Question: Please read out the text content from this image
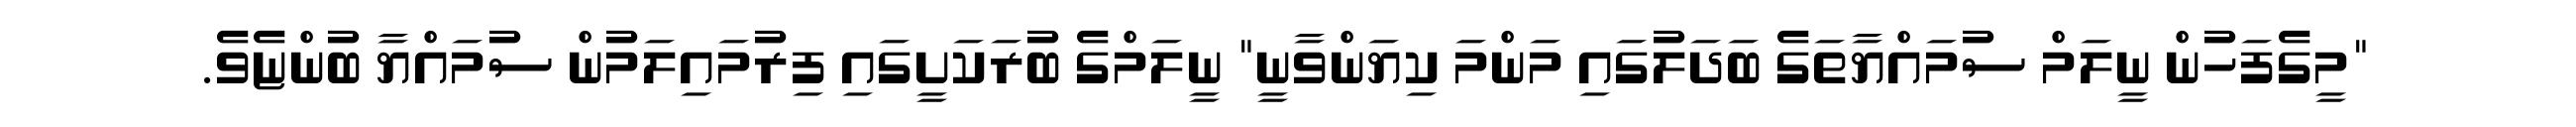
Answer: "މީގެފަހުން ނީލަމް ސުމައްޔާތަގެ ބަދަލުގައި މަންމަ ކިޔަންވާނީ" ނީލަމްގެ ބުރަކަށީގައި ފިރުމައިލަމުން ސުމައްޔާ ބުންޏެވެ.